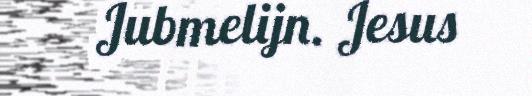
Jubmelijn. Jesus